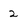
Character: 2